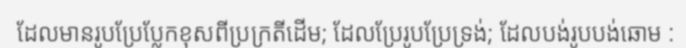
ដែលមានរូបប្រែប្លែកខុសពីប្រក្រតីដើម; ដែលប្រែរូបប្រែទ្រង់; ដែលបង់រូបបង់ឆោម :